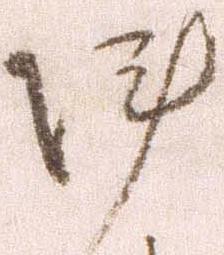
陣